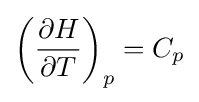
\left({\frac {\partial H}{\partial T}}\right)_{p}=C_{p}